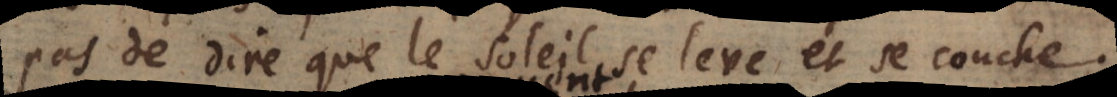
pas de dire que le soleil se leve et se couche.